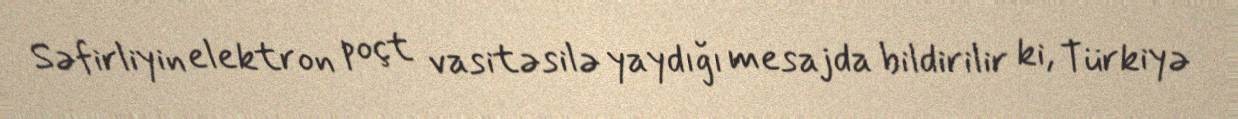
Səfirliyin elektron poçt vasitəsilə yaydığı mesajda bildirilir ki, Türkiyə